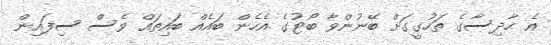
އެ ހާދިސާގެ ތަހުގީގަށް ބޭނުންވާ ބޯޓުގެ އެހެން ބައެއް ބައިތައް ވެސް ސިފައިން